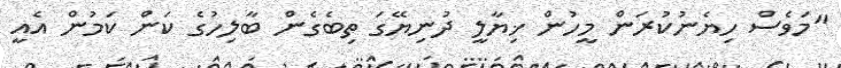
"މަވެސް ހިޔެނުކުރަން މީހުން ޚިޔާލީ ދުނިޔޭގަ ތިބެގެން ބާލިހުގެ ކަން ކަމުން އެއީ